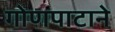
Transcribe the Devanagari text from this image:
गोणपाटाने